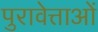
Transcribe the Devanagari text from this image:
पुरावेत्ताओं